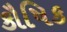
કૌષિક